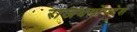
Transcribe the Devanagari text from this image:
राजधर्मोपदेश